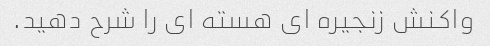
واکنش زنجیره ای هسته ای را شرح دهید.